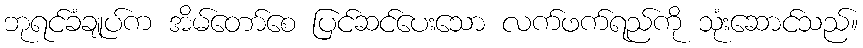
ဘုရင်ခံချုပ်က အိမ်တော်စေ ပြင်ဆင်ပေးသော လက်ဖက်ရည်ကို သုံးဆောင်သည်။